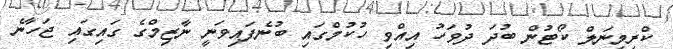
ކްރިމިނަލް ކޯޓުން ބުދަ ދުވަހު އިއްވި ހުކުމްގައި ބުނެފައިވަނީ ނާޒިމްގެ ގައިގައި ޖަހާނެ